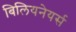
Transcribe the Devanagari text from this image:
बिलियनेयर्स